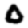
Digit: 0